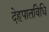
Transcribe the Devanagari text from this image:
देहपातविधि